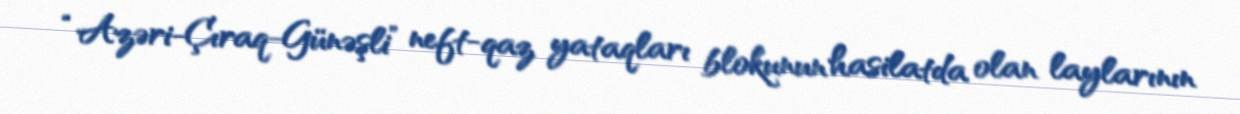
“Azəri-Çıraq-Günəşli” neft-qaz yataqları blokunun hasilatda olan laylarının